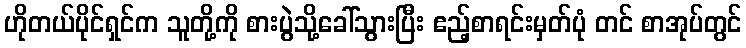
ဟိုတယ်ပိုင်ရှင်က သူတို့ကို စားပွဲသို့ခေါ်သွားပြီး ဧည့်စာရင်းမှတ်ပုံ တင် စာအုပ်တွင်